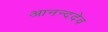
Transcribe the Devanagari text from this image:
आनन्ददेव